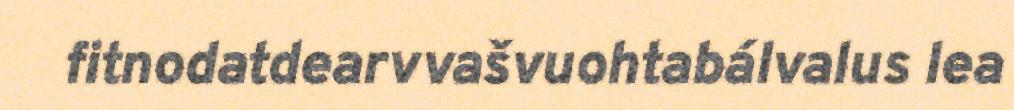
fitnodatdearvvašvuohtabálvalus lea